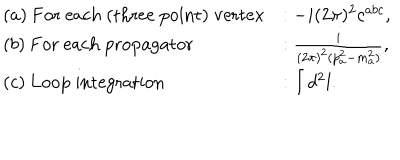
\begin{array} { l l } { { ( a ) ~ \mathrm { F o r ~ e a c h ~ ( t h r e e ~ p o i n t ) ~ v e r t e x } } } & { { : - i ( 2 \pi ) ^ { 2 } c ^ { a b c } , } } \\ { { ( b ) ~ \mathrm { F o r ~ e a c h ~ p r o p a g a t o r } } } & { { : \frac { i } { ( 2 \pi ) ^ { 2 } ( p _ { a } ^ { 2 } - m _ { a } ^ { 2 } ) } , } } \\ { { ( c ) ~ \mathrm { L o o p ~ i n t e g r a t i o n } } } & { { : \int d ^ { 2 } l . } } \\ \end{array}